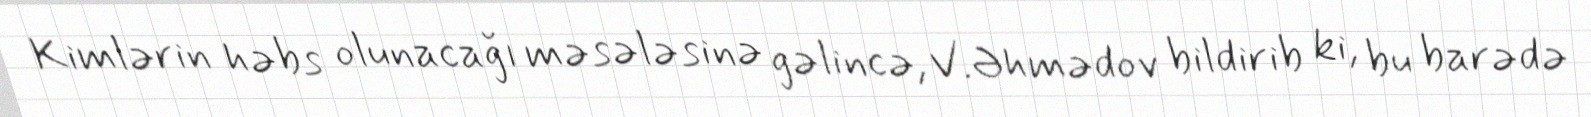
Kimlərin həbs olunacağı məsələsinə gəlincə, V.Əhmədov bildirib ki, bu barədə